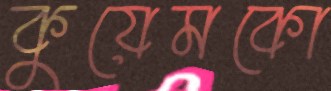
কুয়েমকো